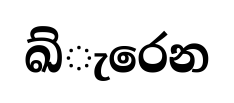
ඛ්ැරෙන